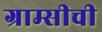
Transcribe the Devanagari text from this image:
ग्राम्सीची